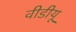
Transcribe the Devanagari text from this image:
वीडीयू